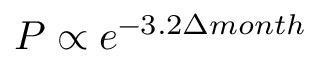
P \propto e ^ { - 3 . 2 \Delta m o n t h }